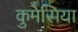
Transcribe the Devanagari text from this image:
कुमेसिया